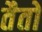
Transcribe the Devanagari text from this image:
तैतो